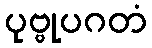
ပုဗ္ဗုပဂတံ